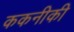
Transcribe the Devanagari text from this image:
ककनीकी